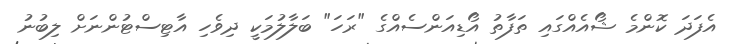
އެފަދަ ކޮންމެ ޝޯއެއްގައި ތަފާތު އޯޑިއަންސެއްގެ "ރަހަ" ބަލާލުމަކީ ދިވެހި އާޓިސްޓުންނަށް ލިބުނު